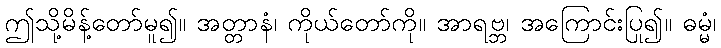
ဤသို့မိန့်တော်မူ၍။ အတ္တာနံ၊ ကိုယ်တော်ကို။ အာရဗ္ဘ၊ အကြောင်းပြု၍။ ဓမ္မံ၊